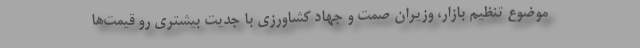
موضوع تنظیم بازار، وزیران صمت و جهاد کشاورزی با جدیت بیشتری رو قیمت‌ها